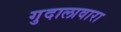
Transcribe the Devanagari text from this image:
गुदालावारा